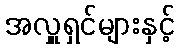
အလှူရှင်များနှင့်